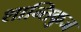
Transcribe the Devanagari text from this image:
शान्तिकुज